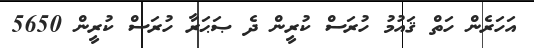
އަހަރެން ހަތް ޤައުމު ހުރަސް ކުރީން ދެ ޞަޙަރާ ހުރަސް ކުރީން 5650